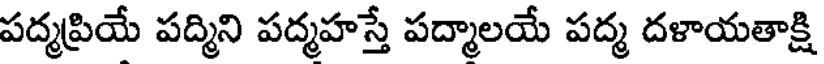
పద్మప్రియే పద్మిని పద్మహస్తే పద్మాలయే పద్మ దళాయతాక్షి